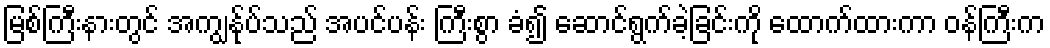
မြစ်ကြီးနားတွင် အကျွန်ုပ်သည် အပင်ပန်း ကြီးစွာ ခံ၍ ဆောင်ရွက်ခဲ့ခြင်းကို ထောက်ထားကာ ဝန်ကြီးက